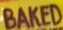
BAKED